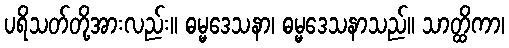
ပရိသတ်တို့အားလည်း။ ဓမ္မဒေသနာ၊ ဓမ္မဒေသနာသည်။ သာတ္ထိကာ၊